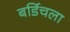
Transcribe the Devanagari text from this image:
बर्डिचला